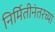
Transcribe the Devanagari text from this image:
निर्मितीनंतरच्‍या